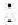
: